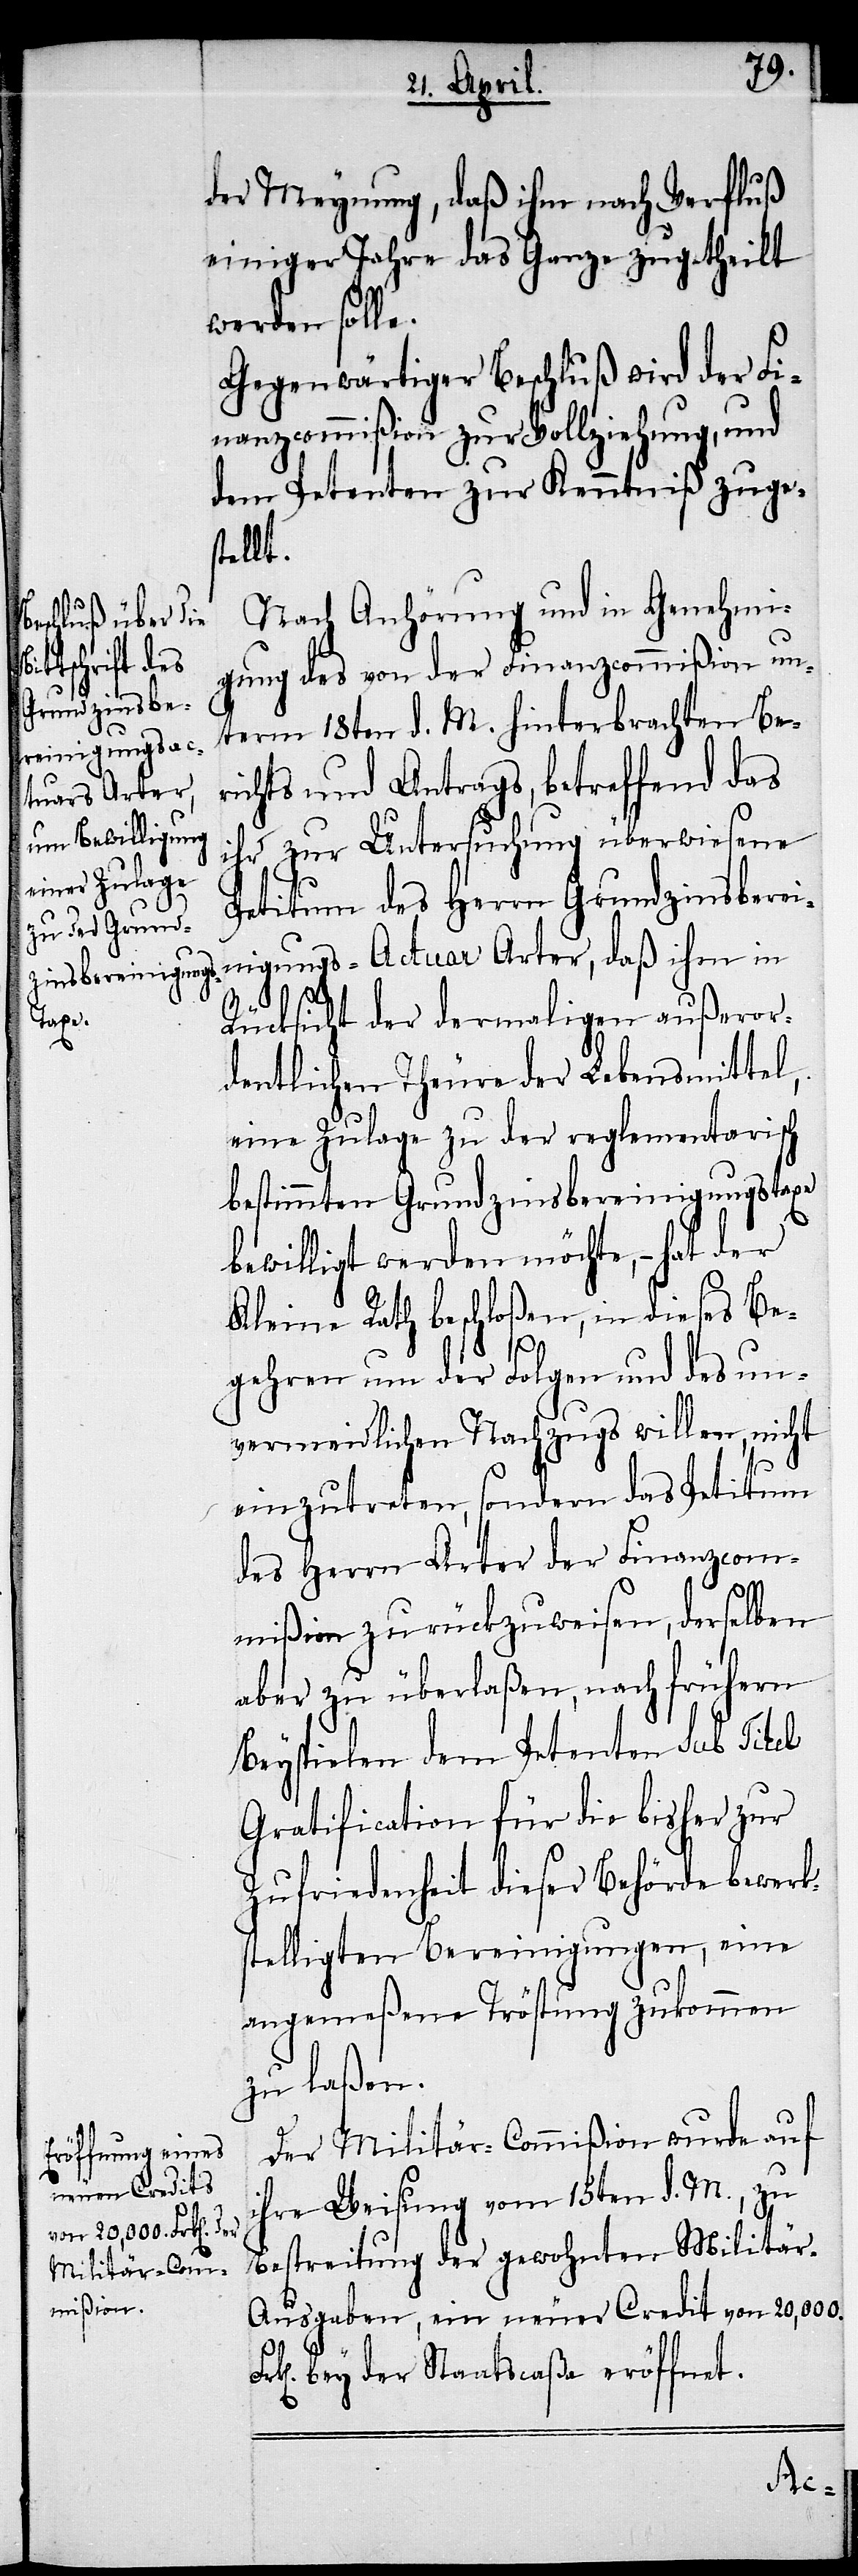
der Meynung, daß ihm, nach Verfluß
einiger Jahre das Ganze zugetheilt
werden solle.
Gegenwärtiger Beschluß wird der Fi¬
nanzcommißion zur Vollziehung, und
dem Petenten zur Kenntniß zuges¬
tellt.
Nach Anhörung und in Genehmi¬
gung des von der Finanzcommißion un¬
term 18ten d. M. hinterbrachten Ber¬
ichts und Antrags, betreffend das
ihr zur Untersuchung überwiesene
Petitum des Herrn Grundzinsberei¬
nigungs-Actuar Arter, daß ihm in
Rücksicht der dermaligen außeror¬
dentlichen Theure der Lebensmittel,
eine Zulage zu der reglementarisch
bestimmten Grundzinsbereinigungstaxe
bewilligt werden möchte, – hat der
Kleine Rath beschloßen, in dieses Be¬
gehren um der Folgen und des un¬
vermeidlichen Nachzugs willen, nicht
einzutreten, sondern das Petitum
des Herrn Arter der Finanzcom¬
mißion zurückzuweisen, derselben
aber zu überlaßen, nach frühern
Beyspielen dem Petenten sub Titel
Gratification für die bisher zur
Zufriedenheit dieser Behörde bewerk¬
stelligten Bereinigungen, eine
angemeßene Tröstung zukommen
zu laßen.
Der Militär-Commißion wurde auf
ihre Weisung vom 15ten d. M., zu
Bestreitung der gewohnten Militä¬
r-Ausgaben, ein neuer Credit von 20,000.
n]. bey der Staatscaßa eröffnet.
k[e¬